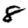
Digit: 8